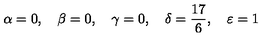
\alpha = 0 , \quad \beta = 0 , \quad \gamma = 0 , \quad \delta = \frac { 1 7 } { 6 } , \quad \varepsilon = 1